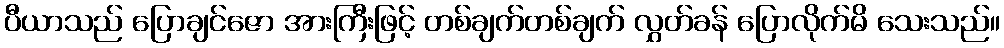
ပီယာသည် ပြောချင်ဇော အားကြီးဖြင့် တစ်ချက်တစ်ချက် လွှတ်ခန် ပြောလိုက်မိ သေးသည်။